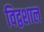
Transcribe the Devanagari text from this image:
विद्वशाल